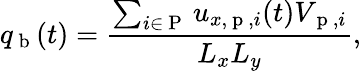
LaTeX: q_{\mathrm{~b~}}(t)=\frac{\sum_{i\in\mathrm{~P~}}u_{x,\mathrm{~p~},i}(t)V_{\mathrm{~p~},i}}{L_{x}L_{y}},